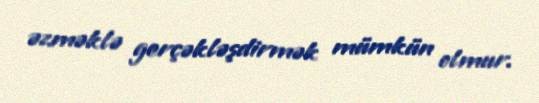
əzməklə gerçəkləşdirmək mümkün olmur.